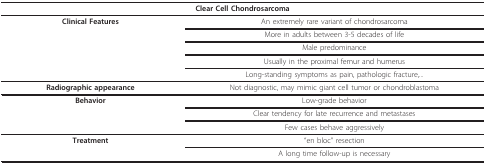
<table><thead><tr><td colspan="2"><b>Clear Cell Chondrosarcoma</b></td></tr></thead><tbody><tr><td><b>Clinical Features</b></td><td>An extremely rare variant of chondrosarcoma</td></tr><tr><td></td><td>More in adults between 3-5 decades of life</td></tr><tr><td></td><td>Male predominance</td></tr><tr><td></td><td>Usually in the proximal femur and humerus</td></tr><tr><td></td><td>Long-standing symptoms as pain, pathologic fracture,...</td></tr><tr><td><b>Radiographic appearance</b></td><td>Not diagnostic, may mimic giant cell tumor or chondroblastoma</td></tr><tr><td><b>Behavior</b></td><td>Low-grade behavior</td></tr><tr><td></td><td>Clear tendency for late recurrence and metastases</td></tr><tr><td></td><td>Few cases behave aggressively</td></tr><tr><td><b>Treatment</b></td><td>&quot;en bloc&quot; resection</td></tr><tr><td></td><td>A long time follow-up is necessary</td></tr></tbody></table>